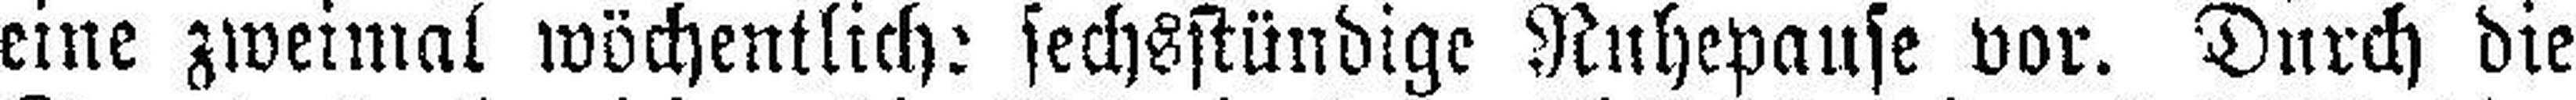
eine zweimal wöchentlich: sechsstündige Ruhepause vor. Durch die